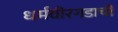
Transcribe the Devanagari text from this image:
धर्मवीरगडाची